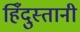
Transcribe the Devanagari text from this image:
हिँदुस्तानी